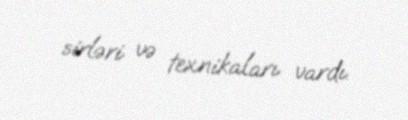
sirləri və texnikaları vardı.